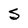
Character: S